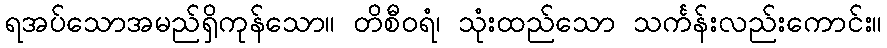
ရအပ်သောအမည်ရှိကုန်သော။ တိစီဝရံ၊ သုံးထည်သော သင်္ကန်းလည်းကောင်း။